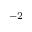
^ { - 2 }